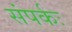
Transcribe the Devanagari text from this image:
संपर्कः